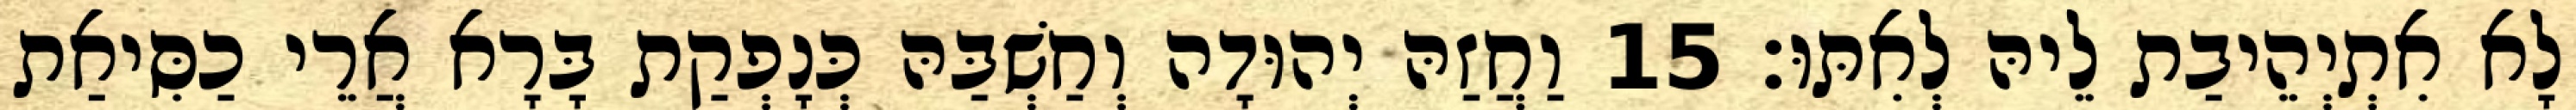
לָא אִתְיְהֵיבַת לֵיהּ לְאִתּוּ׃ 15 וַחֲזַהּ יְהוּדָה וְחַשְׁבַּהּ כְּנָפְקַת בָּרָא אֲרֵי כַסִּיאַת